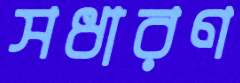
সধারণ